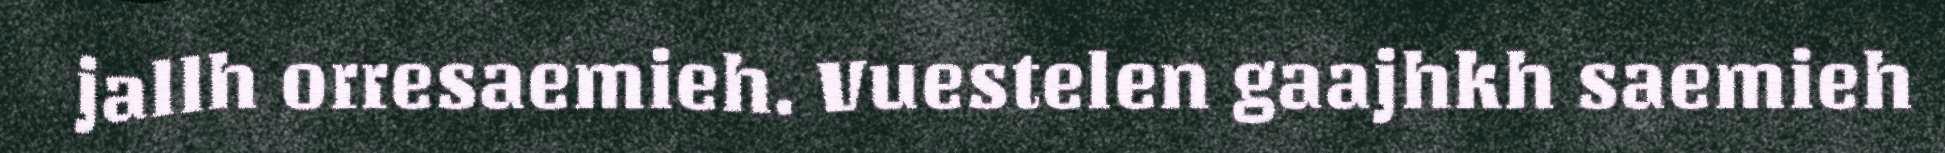
jallh orresaemieh. Vuestelen gaajhkh saemieh